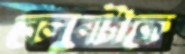
বেলুনটাকে